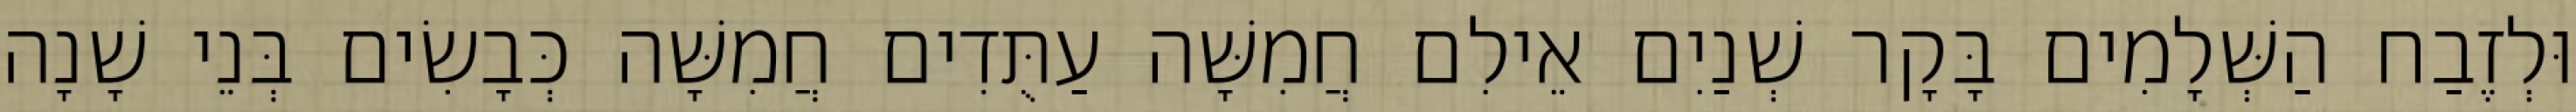
וּלְזֶבַח הַשְּׁלָמִים בָּקָר שְׁנַיִם אֵילִם חֲמִשָּׁה עַתֻּדִים חֲמִשָּׁה כְּבָשִׂים בְּנֵי שָׁנָה